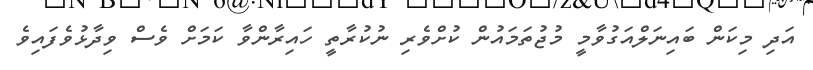
އަދި މިކަން ބައިނަލްއަގުވާމީ މުޖުތަމައުން ކުށްވެރި ނުކުރާތީ ހައިރާންވާ ކަމަށް ވެސް ވިދާޅުވެފައިވެ